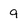
Character: 9